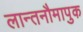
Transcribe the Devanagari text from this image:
लान्तनौमापुक